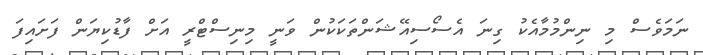
ނަމަވެސް މި ނިންމުމާއެކު ގިނަ އެސޯސިއޭޝަންތަކަކުން ވަނީ މިނިސްޓްރީ އަށް ފާޑުކިޔަން ފަށައިފަ